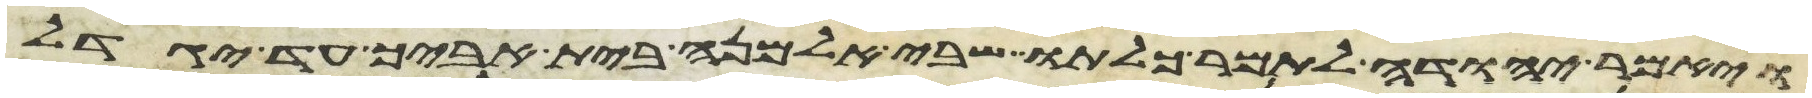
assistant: ויאמר יהודה לתמר כלתו שבי אלמנה בית אביך עד יגדל